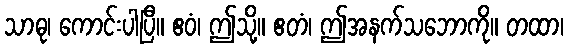
သာဓု၊ ကောင်းပါပြီ။ ဧဝံ၊ ဤသို့။ ဧတံ၊ ဤအနက်သဘောကို။ တထာ၊